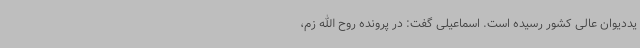
یددیوان عالی کشور رسیده است. اسماعیلی گفت: در پرونده روح الله زم،